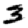
Digit: 3